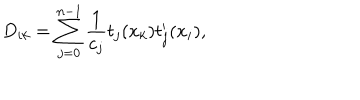
D _ { i k } = \sum _ { j = 0 } ^ { n - 1 } \frac { 1 } { c _ { j } } t _ { j } ( x _ { k } ) t _ { j } ^ { \prime } ( x _ { i } ) ,